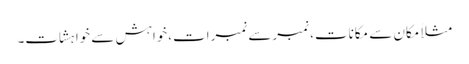
مثلاً مکان سے مکانات، نمبرسے نمبرات،خواہش سے خواہشات۔